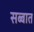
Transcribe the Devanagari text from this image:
सब्बात